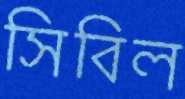
সিবিল